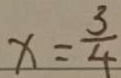
x = \frac { 3 } { 4 }